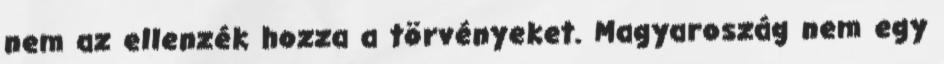
nem az ellenzék hozza a törvényeket. Magyaroszág nem egy